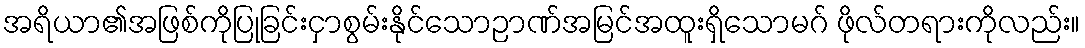
အရိယာ၏အဖြစ်ကိုပြုခြင်းငှာစွမ်းနိုင်သောဉာဏ်အမြင်အထူးရှိသောမဂ် ဖိုလ်တရားကိုလည်း။